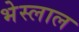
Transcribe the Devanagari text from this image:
भेस्‍लाल